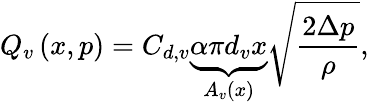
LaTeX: Q_{v}\left(x,p\right)=C_{d,v}\underbrace{\alpha\pi d_{v}x}_{A_{v}\left(x\right)}\sqrt{\frac{2\Delta p}{\rho}},